Annual report on the health of the army in India
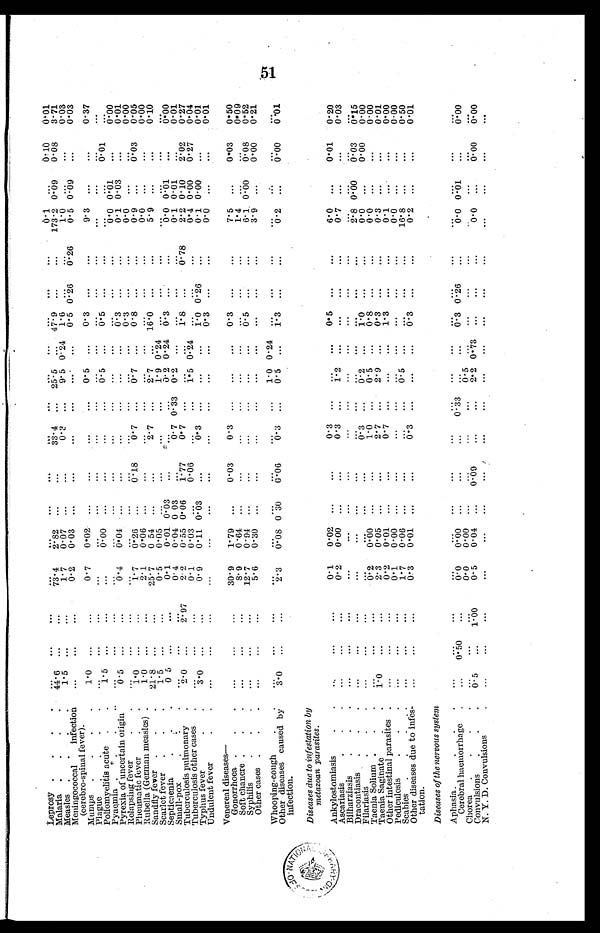
Leprosy
. . .
. . .
. . .
...
...
...
. . .
. . .
. . .
. . .
. . .
. . .
. . .
. . .
0.1 ...
0 . 1 0
0 . 0 1
Malaria
44.6 ...
...
7 3 . 4
2.82 ...
...
33.4
. . . 25 .5 . . . 47. 9
. . . . . .
173.2
0 . 0 8
3 . 7 1
0 . 0 9
Measles.
1.5 ...
...
1.7 0.07 ...
...
0.3 ...
9.5 0 . 24 1.6
...
...
1 . 0
. . . 0 . 0 3
. . .
Meningococcal infection
(cerebro-spinal fever)
...
...
...
0.2 0.03 ...
. . .
...
...
...
... 0.5
0 . 2 6
0. 26
0.5
. . .
0 . 0 3
0 . 0 9
Mumps
1.0 ...
...
0 . 7 0.02 ...
...
...
... 0.5 ... 0.3 ...
...
9.3
. . . 0.37
...
Plague
. . .
...
...
...
. . . ...
...
...
...
...
...
...
. . .
. . .
. . .
...
. . .
...
Poliomyelitis acute
1 . 5 ...
...
...
0 . 0 0 ...
...
...
...
0 .5
0 . 5 ...
. . .
. . .
0 . 0 1
. . .
...
Pyaemia
...
. . .
. . .
. . .
...
....
. . .
. . . ....
. . . . . .
. . .
. . . . . .
0 . 0
. . . 0 . 0 0
0.01
Pyrexia of uncertain origin
0 . 5
. . .
. . .
0 . 4
0.04
...
...
. . . . . .
. . . . . .
...
0.1
. . .
0 . 0 1
0.03
Relapsing fever
...
. . .
. . . ...
...
...
...
...
. . . ...
... 0.3
...
0 . 0
...
0 . 0 0
. . .
Pneumatic fever
1 . 0 ...
...
1.7 0.26 ...
0.18
0.7
. . . 0.7 . . .
0.8
...
...
0.9
...
0 . 0 3
0 . 0 5
Rubella (German measles)
1.0 ...
...
2.1 0.06 ...
. . .
. . .
. . . ...
. . .
. . . ...
. . .
0.0
...
. . . 0.00
Sandfly fever
21 . 8 ...
. . . 25.7 0 54 ...
...
2.7 ... 2.7 ... 16.0
. . .
...
5 . 9 ...
...
0 . 1 0
Scarlet fever
1.5 ...
...
0. 5 0.05 ...
. . .
. . . ...
1. 9
0 . 2 4 ...
. . .
. . .
. . . ...
. . .
. . .
Septicaenia
0.5 ...
...
0. 1 0.01 0. 03 ...
. . .
'
... 0.2 0.24 0. 3 ...
. . .
0 . 0
...
0 . 0 0
0.01
Small-pox
...
...
...
0. 4 0.04 0 03 . . .
0 . 7 0. 33 0.2 ...
. . . . . .
. . .
0 . 1
...
0.01
0 . 0 1
Tuberculosis pulmonary
2.0 ...
2.97
2.2 0.55 0. 06
1 . 7 7
0.7 ...
. . .
. . .
1 . 8
. . . 0.78
2 . 2
2 . 0 2
0.27
0.10
Tuberculosis other cases
. . .
...
...
0.1 0.03 ...
0.06
. . .
. . .
1 . 5
. . .
. . . ...
. . .
0 . 4
0.27 0.04
0.00
Typhus fever
3 . 0 ...
...
0. 9 0.11 0 . 03 ...
0 .3 ...
. . .
0 . 2 4
1 . 0
0 . 2 6 ...
0 . 1
. . . 0.01
0. 00
Undulent fever
...
...
...
...
...
...
...
...
. . . ...
...
0 . 3 ...
...
0. 0
...
0.01
...
Venereal diseases—
Gonorrhoea
...
...
...
30.9 1.79 ...
0 . 0 3
0 . 3
. . .
. . . . . .
. . . ...
. . .
7.5
. . .
0 . 0 3 0.50
Soft chancre
...
...
...
8. 9 0 .64 ...
...
...
...
. . .
...
...
...
. . .
1 . 4 ...
. . . 0.09
...
Syphilis
...
. . . ...
1 2 . 7
0.94
. . .
. . .
. . .
. . .
. . . . . .
. . .
. . . . . .
6 . 1
0.08 0.52
0.00
Other cases
. . .
...
...
5.6 0. 30 ...
...
. . . ...
...
. . .
. . .
. . . ...
3.9
0.00 0.21
Whooping-cough
...
. . .
...
. . .
. . .
. . .
. . .
. . . ...
1.0 0.24
. . .
. . .
. . .
. . . ...
. . . . . .
Other diseases caused by
infection .
3. 0 ....
. . .
2 . 3
0.08 0 0 . 3 0 0.06
0 . 3
0.5
. . .
1 . 3 ...
. . .
...
0 . 2
. . .
. ..
0 . 0 0
..
0 . 0 1
Diseases due to infestation by
metazoan parasites.
Ankylostomiasis
. . . ...
. . . 0.1
0 . 0 2
. . .
...
0. 3 ...
...
... 0.5
. . .
. . .
6 . 0
. . .
0 . 0 1
0 . 2 0
Ascariasis
...
...
...
0 2 0.00 ...
...
0.3 . . .
1 . 2
. . .
. . . . . .
. . .
0.7
...
. . .
0.03
Bilharziasis
...
...
. . . ...
. . .
...
. . .
. . . ...
...
...
...
. . .
. . .
. . . ...
. . .
. . .
Dracontiasis
...
. . . ...
...
...
...
...
. . . . . .
.
.
..
...
...
. . .
. . .
...
2 . 8
0 . 0 0
0 . 0 3
0 . 1 5
Filariasis
...
....
...
. . .
. . .
...
. . . 0.3
. . . 0 . 2 ...
1 . 0
. . .
. . .
0 . 0
. . . 0.00
0 . 0 0
Taenia Solium
...
. . . ...
0.2 0.00
. . .
...
1 . 0
. . .
0 . 5 . . .
0 . 8
. . . . . .
0 .0
. . .
. . .
0 . 0 0
Taenia Saginate
1.0 ...
...
2. 3 0.05 ...
. . .
2.7
. . . 2.9 . . .
0 . 3
. . .
. . .
0.3
. . .
. . .
0 . 0 1
Other intestinal parasites
...
...
. . .
0 . 2
0.01 ...
. . .
0 . 7 ...
. . . . . .
1 . 3
. . .
. . .
0 . 1 ...
. . .
0 . 0 0
Pediculosis
...
...
...
0 . 1
0.00 ...
. . .
. . .
. . . ...
...
. . . ...
. . .
0 . 0 ...
. . .
0.00
Scabies
...
. . . ...
1.7 0.06
. . .
. . .
. . . . . . 0 . 5
...
...
...
. . .
1 6 . 8
. . .
...
0. 50
Other diseases due to infes-
tation.
...
...
. . .
0.3 0.01
. . .
. . .
0 . 3
. . .
. . .
...
0 . 3
. . .
. . .
0 . 2
. . .
. . .
0.01
Diseases of the nervous system
Aphasia
...
. . .
. . .
. . .
. . .
. . . . . .
. . .
. . . . . .
. . .
. . .
. . .
. . .
. . .
. . .
. . .
. . .
Cerebral haemorrhage
... 0.50
. . .
0 . 0
0 . 0 0
. . .
. . .
. . . 0 . 3 3
. . . . . .
0 . 3
0 . 2 6
. . .
0 . 0
0 . 0 1
. . .
0 . 0 0
Chorea
...
...
...
0.0 0.00
. . .
...
. . .
. . . 0 . 5 . . .
. . .
. . . . . .
. . .
. . . . . .
. . .
Convulsions
0 . 5
. . . 1.00
0. 5 0. 04 ... 0. 09
...
. . .
2 . 2
0 . 7 3
. . .
. . . . . .
0 . 0
. . .
0 . 0 0
0 . 0 0
N. Y. D. Convulsions
...
. . .
. . .
. . .
. . .
. . .
. . . ...
. . .
. . . . . .
. . .
. . .
. . .
. . .
. . .
. . .
. . .
51